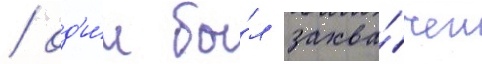
/ од'и́н бы́л захва́чен